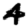
Digit: 4